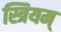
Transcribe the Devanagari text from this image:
स्त्रियम्